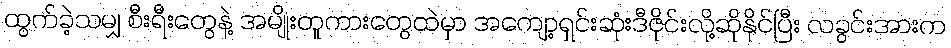
ထွက်ခဲ့သမျှ စီးရီးတွေနဲ့ အမျိုးတူကားတွေထဲမှာ အကျော့ရှင်းဆုံးဒီဇိုင်းလို့ဆိုနိုင်ပြီး လခွင်းအားက